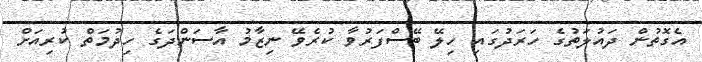
އެގޮތުން ދައުލަތުގެ ހަރަދުގައި ހިލޭ ބޭސްފަރުވާ ކުރެވޭ ނިޒާމު އާސަންދަގެ ހިދުމަތް ކުރިއަށް